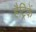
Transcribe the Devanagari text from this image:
हैट्रिकें